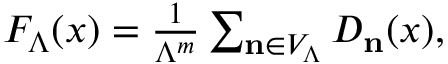
\begin{array} { r } { F _ { \Lambda } ( x ) = \frac { 1 } { \Lambda ^ { m } } \sum _ { \mathbf { n } \in V _ { \Lambda } } D _ { \mathbf { n } } ( x ) , } \end{array}